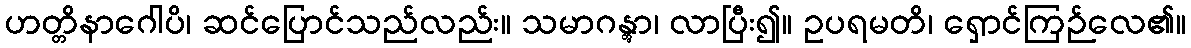
ဟတ္တိနာဂေါပိ၊ ဆင်ပြောင်သည်လည်း။ သမာဂန္တွာ၊ လာပြီး၍။ ဥပရမတိ၊ ရှောင်ကြဉ်လေ၏။